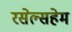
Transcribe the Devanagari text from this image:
रसेल्सहेम